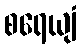
စရေယျံ